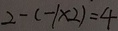
2 - ( - 1 \times 2 ) = 4